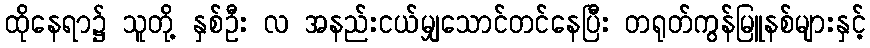
ထိုနေရာ၌ သူတို့ နှစ်ဦး လ အနည်းငယ်မျှသောင်တင်နေပြီး တရုတ်ကွန်မြူနစ်များနှင့်